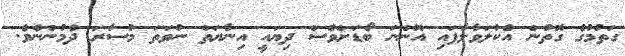
ގަތުމުގެ ގޮތުން އެކުލަވާލާފައި އޮންނަ ބޯޑަށްވެސް ދިޔައީ އިނާޔަތް ނުވަތަ މުސާރަ ދެމުންނެވެ.